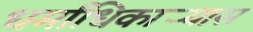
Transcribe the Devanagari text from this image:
धर्माधिकार्‍यास